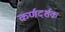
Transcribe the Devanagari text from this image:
कर्णदर्शक